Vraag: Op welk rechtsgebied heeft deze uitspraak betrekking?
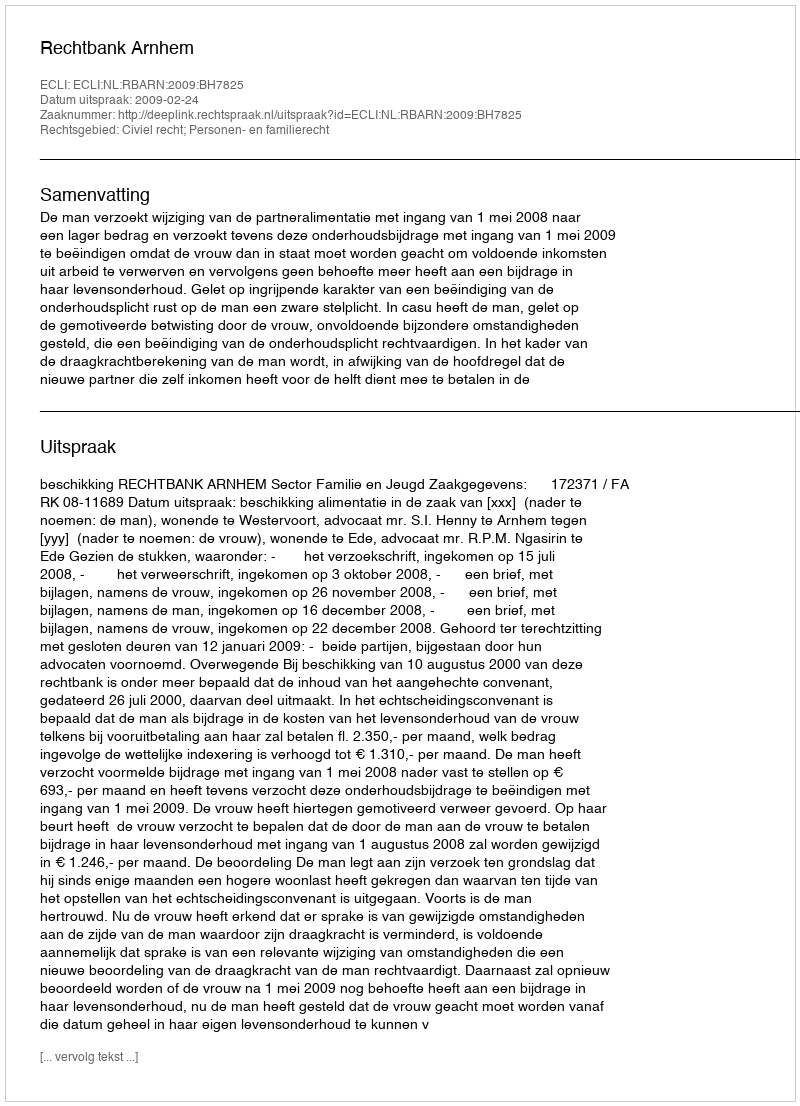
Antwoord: Civiel recht; Personen- en familierecht